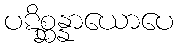
ပဋိစ္ဆန္နာယောပေ